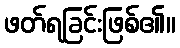
ဖတ်ရခြင်းဖြစ်၏။